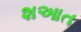
શઆત